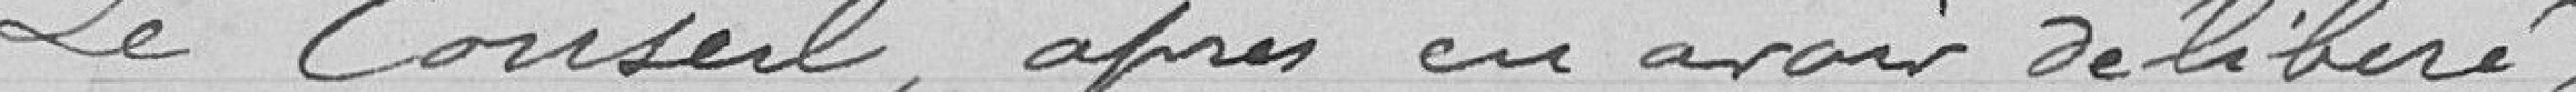
Le Conseil après avoir délibéré,